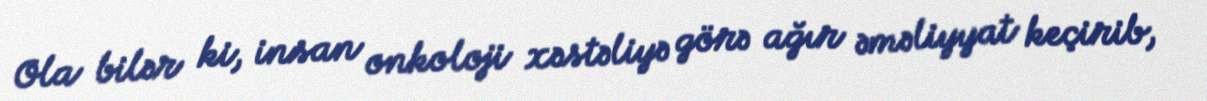
Ola bilər ki, insan onkoloji xəstəliyə görə ağır əməliyyat keçirib,